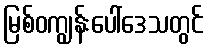
မြစ်ဝကျွန်းပေါ်ဒေသတွင်